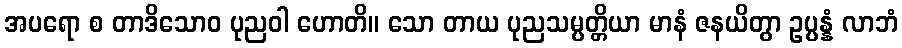
အပရော စ တာဒိသောဝ ပုညဝါ ဟောတိ။ သော တာယ ပုညသမ္ပတ္တိယာ မာနံ ဇနယိတွာ ဥပ္ပန္နံ လာဘံ